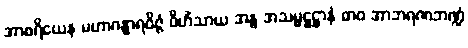
အာစရိယေန မဟာဂန္ဓာရဝိဇ္ဇံ ဝိဟိံသာယ အန္ဓ အသမ္မဋ္ဌဋ္ဌာနံ ဓာဝ အာဘရဏဘဏ္ဍံ